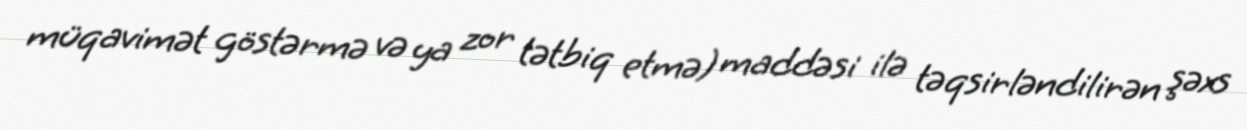
müqavimət göstərmə və ya zor tətbiq etmə) maddəsi ilə təqsirləndilirən şəxs